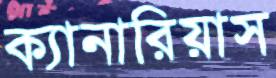
ক্যানারিয়াস